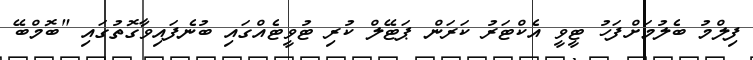
ފިލްމު ބެލުމަށްފަހު ޓީވީ އެކްޓަރު ކަރަން ޕަޓޭލް ކުރި ޓުވީޓެއްގައި ބުނެފައިވާގޮތުގައި "ބޮމްބޭ